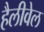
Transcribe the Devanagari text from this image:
हैलीवेल